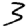
Digit: 3